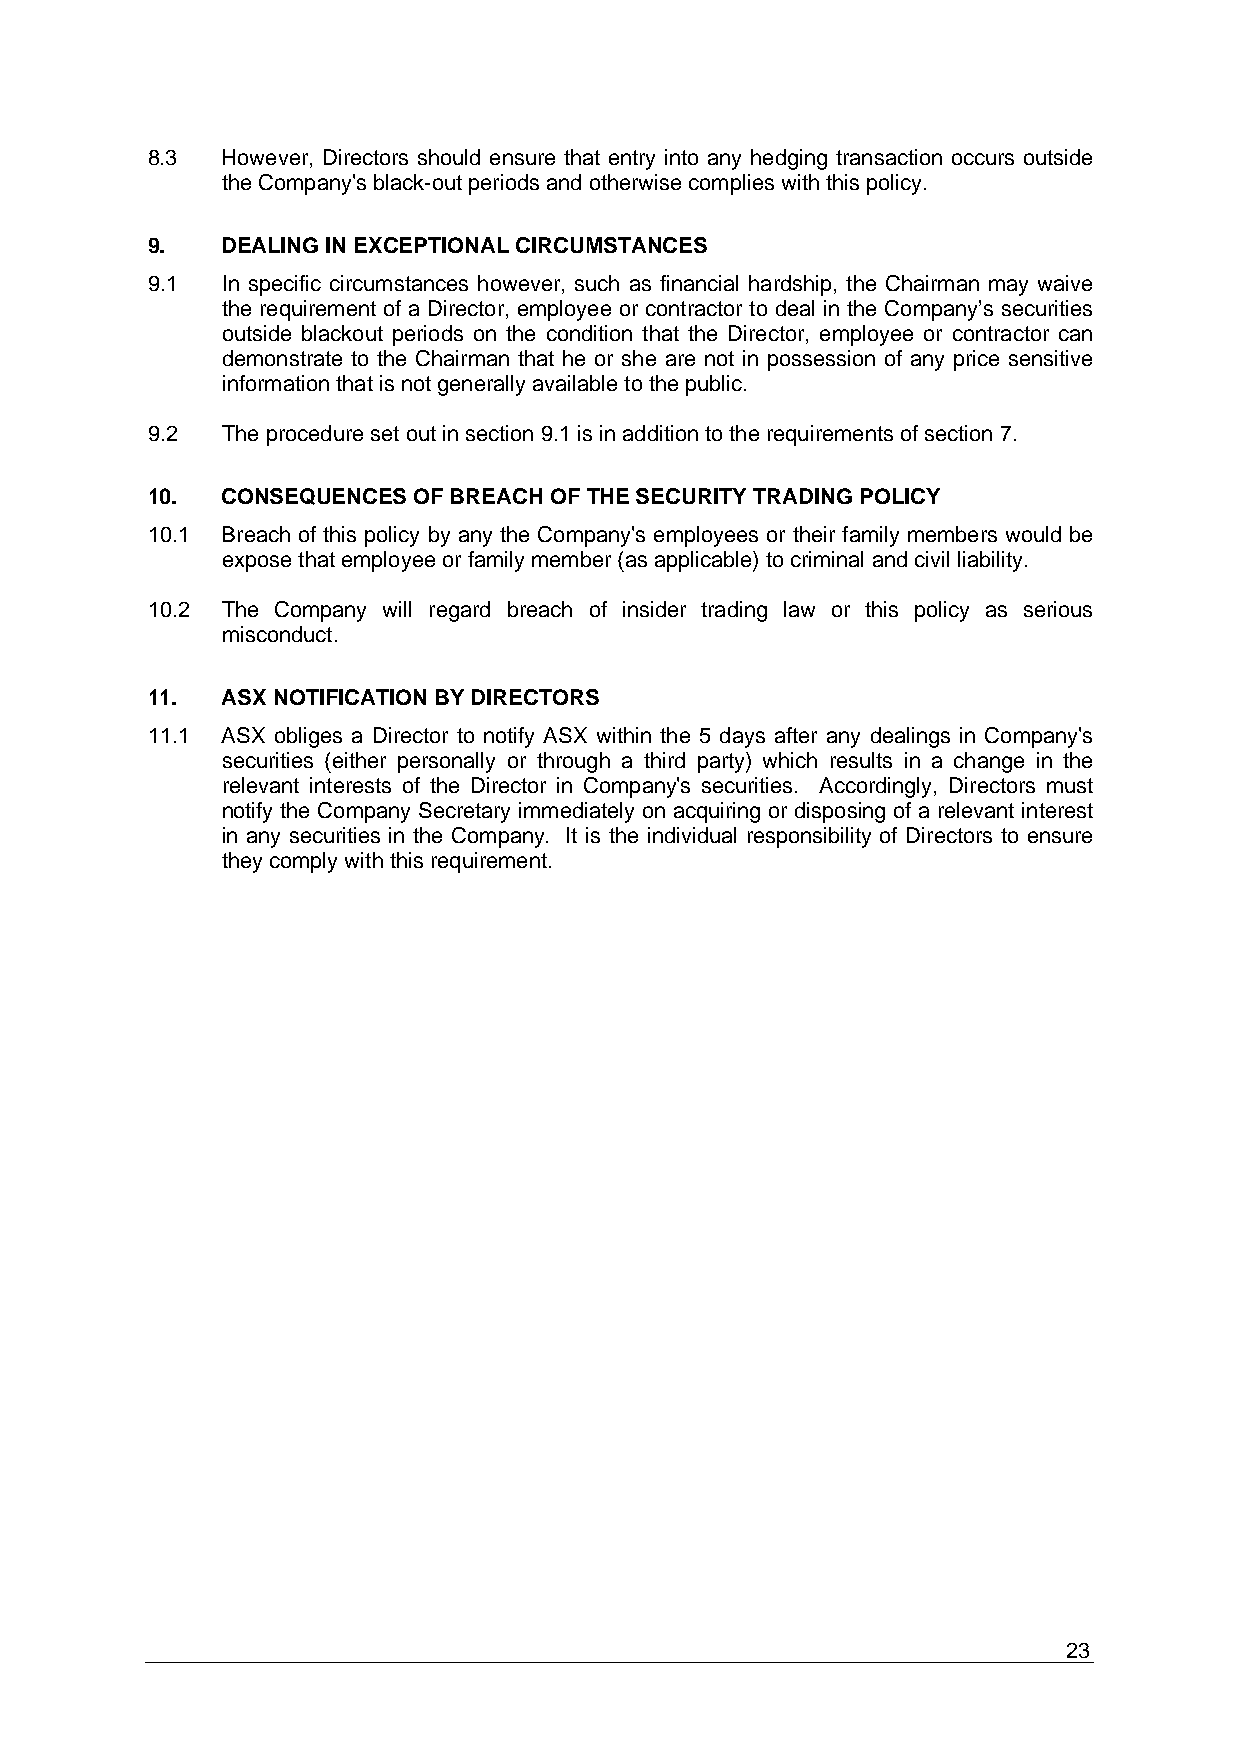
8.3  However, Directors should ensure that entry into any hedging transaction occurs outside
 the Company's black-out periods and otherwise complies with this policy.
 9.   DEALING IN EXCEPTIONAL CIRCUMSTANCES
 9.1  In specific circumstances however, such as financial hardship, the Chairman may waive
 the requirement of a Director, employee or contractor to deal in the Company’s securities
 outside blackout periods on the condition that the Director, employee or contractor can
 demonstrate to the Chairman that he or she are not in possession of any price sensitive
 information that is not generally available to the public.
 9.2  The procedure set out in section 9.1 is in addition to the requirements of section 7.
 10.  CONSEQUENCES OF BREACH OF THE SECURITY TRADING POLICY
 10.1 Breach of this policy by any the Company's employees or their family members would be
 expose that employee or family member (as applicable) to criminal and civil liability.
 10.2 The Company will regard breach of insider trading law or this policy as serious
 misconduct.
 11.  ASX NOTIFICATION BY DIRECTORS
 11.1 ASX obliges a Director to notify ASX within the 5 days after any dealings in Company's
 securities (either personally or through a third party) which results in a change in the
 relevant interests of the Director in Company's securities. Accordingly, Directors must
 notify the Company Secretary immediately on acquiring or disposing of a relevant interest
 in any securities in the Company. It is the individual responsibility of Directors to ensure
 they comply with this requirement.
 23